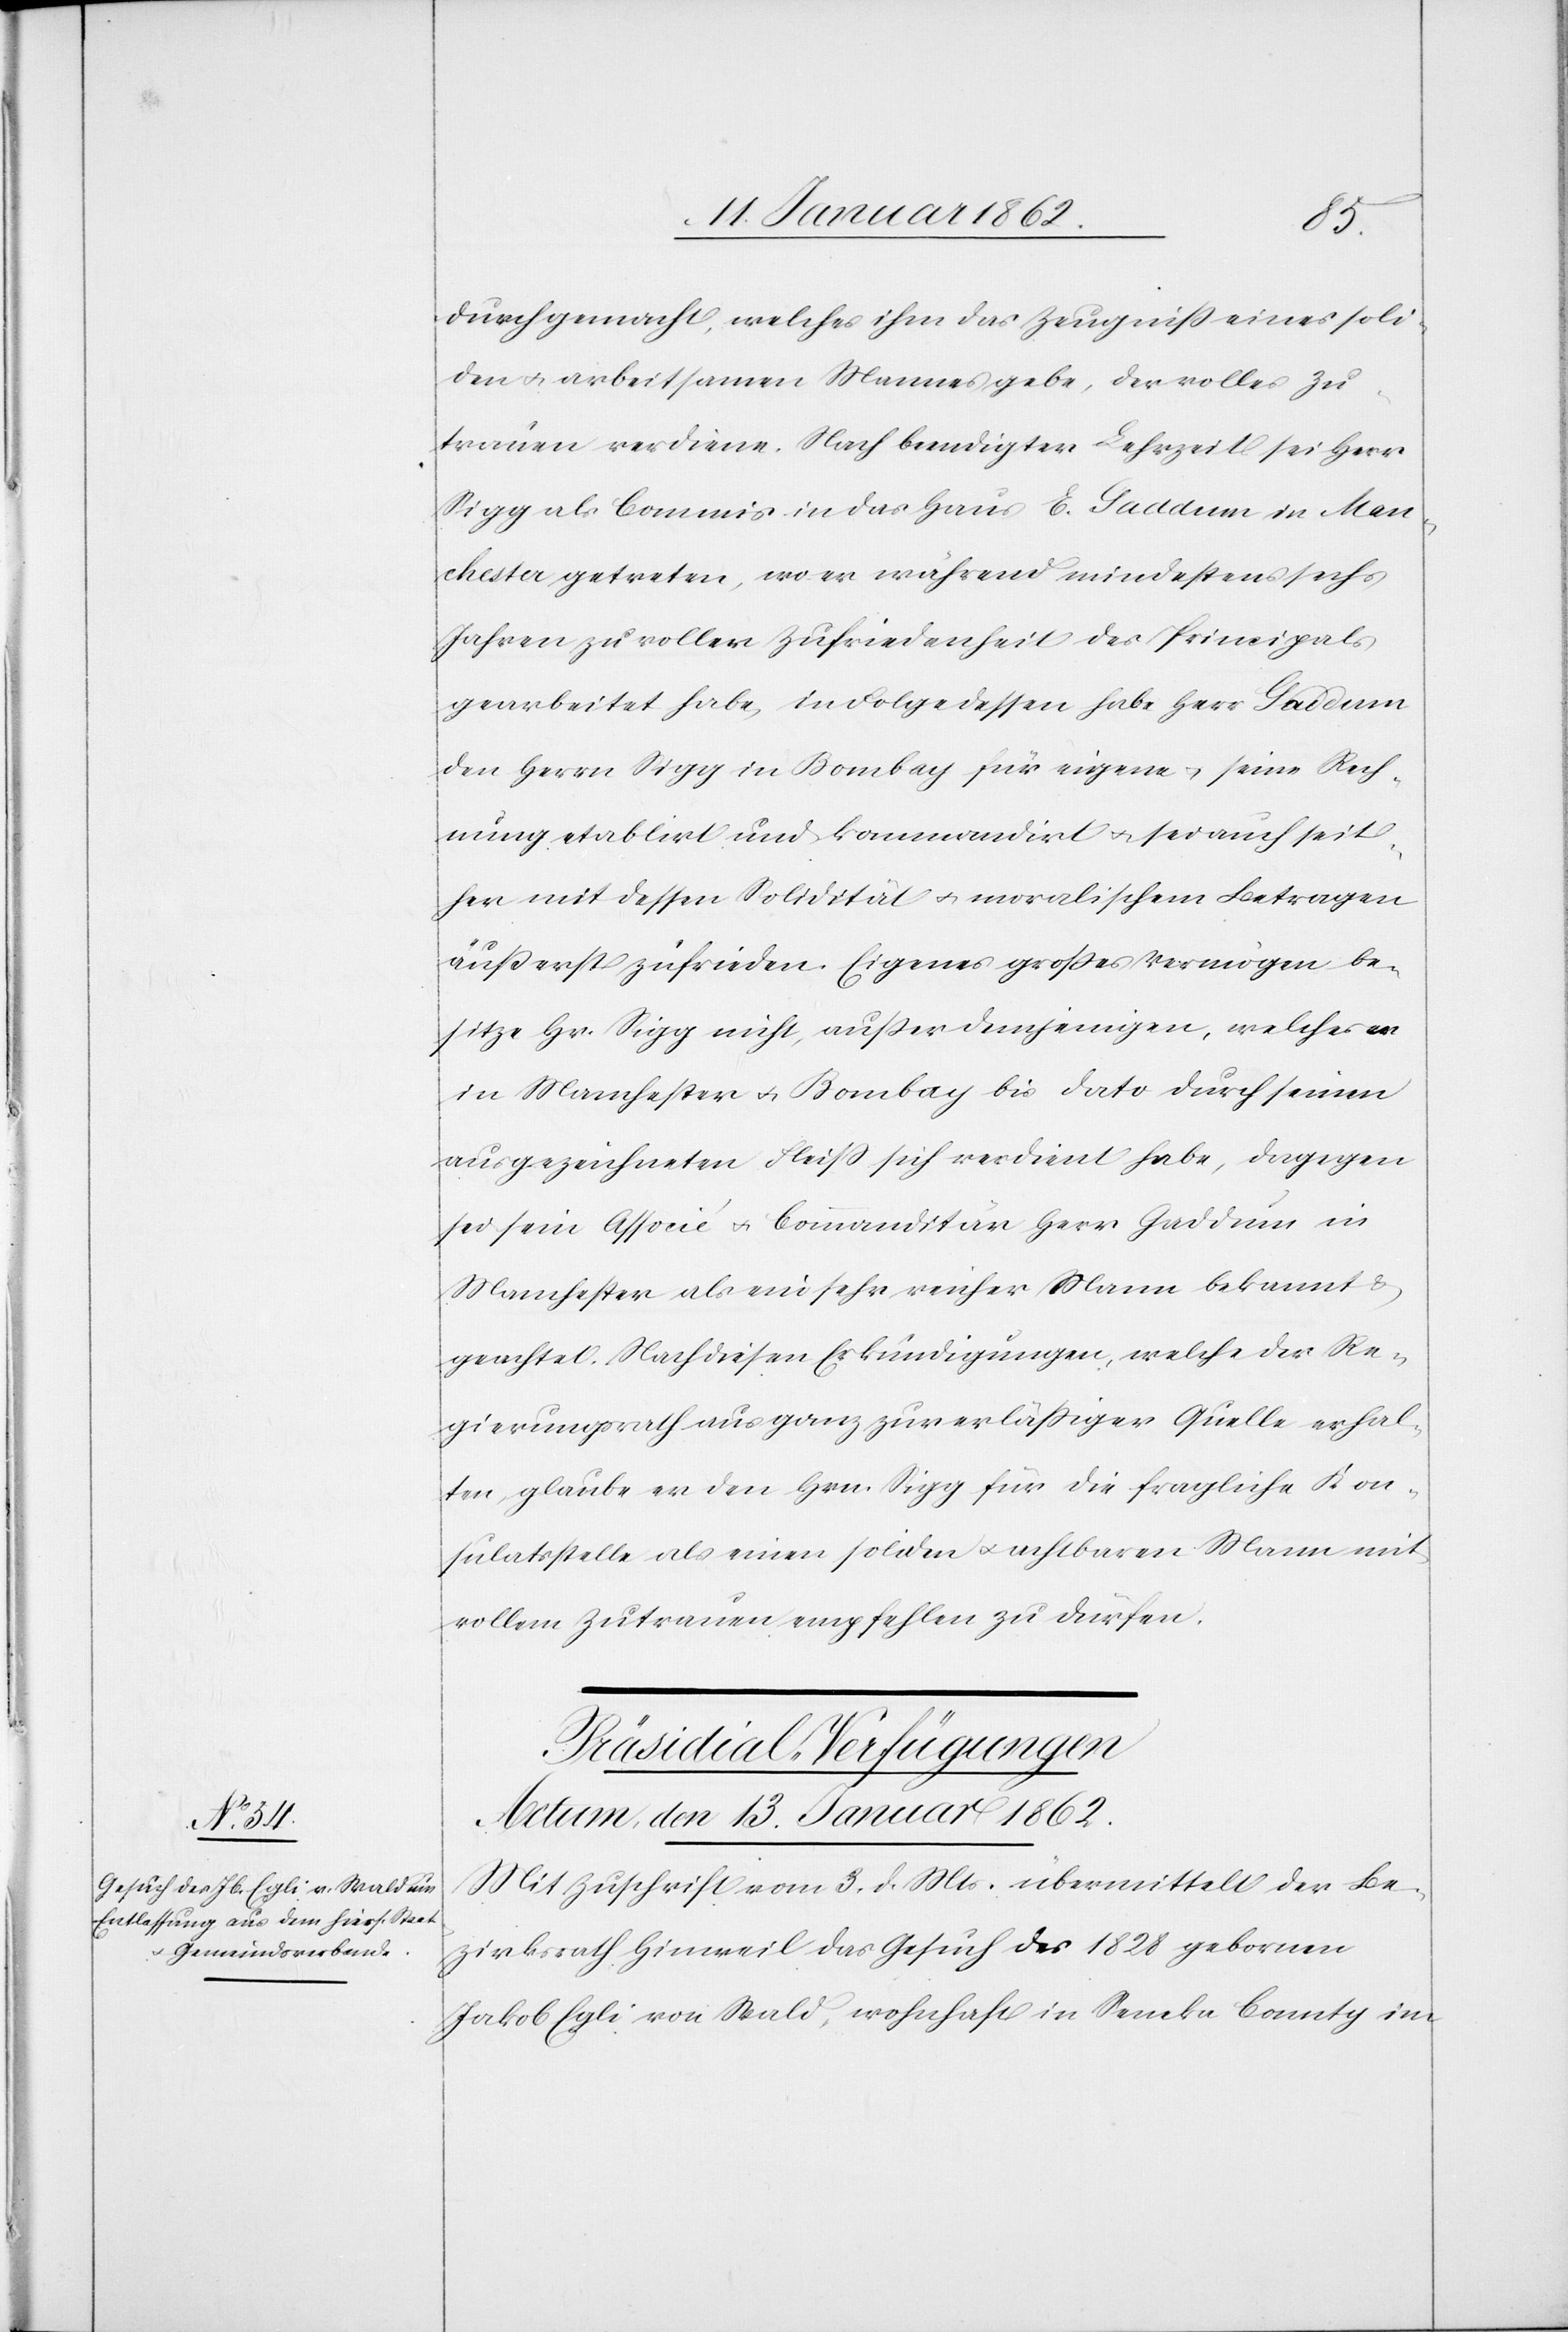
durchgemacht, welches ihm das Zeugniß eines soli¬
den u. arbeitsamen Mannes gebe, der volles Zu¬
trauen verdiene. Nach beendigter Lehrzeit sei Herr
Sigg als Commis in das Haus E. Gaddum in Man¬
chester getreten, wo er während mindestens sechs
Jahren zu voller Zufriedenheit des Principals
gearbeitet habe, in Folge dessen habe Herr Gaddum
den Herrn Sigg in Bombay für eigene u. seine Rech¬
nung etablirt und kommandirt u. sei auch seit¬
her mit dessen Solidität u. moralischem Betragen
äußerst zufrieden. Eigenes großes Vermögen be¬
sitze Hr. Sigg nicht, außer demjenigen, welches er
in Manchester u. Bombay bis dato durch seinen
ausgezeichneten Fleiß sich verdient habe, dagegen
sei sein Associé u. Commandit Herr Gaddum in
Manchester als ein sehr reicher Mann bekannt u.
geachtet. Nach diesen Erkundigungen, welche der Re¬
gierungsrath aus ganz zuverläßiger Quelle erhal¬
ten, glaube er den Hrn. Sigg für die fragliche Kon¬
sulatsstelle als einen soliden u. achtbaren Mann mit
vollem Zutrauen empfehlen zu dürfen.
Präsidial-Verfügungen
Actum, den 13. Januar 1862.
Mit Zuschrift vom 3. d. Mts. übermittelt der Be¬
zirksrath Hinweil das Gesuch des 1828 gebornen
Jakob Egli von Wald, wohnhaft in Seneka County im